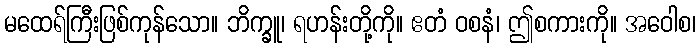
မထေရ်ကြီးဖြစ်ကုန်သော။ ဘိက္ခူ၊ ရဟန်းတို့ကို။ ဧတံ ဝစနံ၊ ဤစကားကို။ အဝေါစ၊